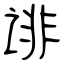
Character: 诽